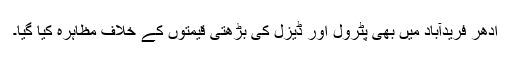
ادھر فریدآباد میں بھی پٹرول اور ڈیزل کی بڑھتی قیمتوں کے خلاف مظاہرہ کیا گیا۔